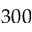
3 0 0